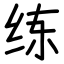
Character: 练